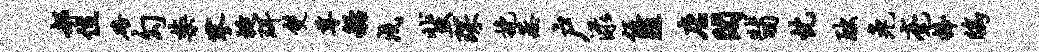
郝位碚勾禁寥埏珥双尊船戍蜚琛挽蒸户渌伍殖店阁翡忱黜兔毫捧鸱